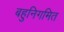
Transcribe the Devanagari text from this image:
बहुनिगमित